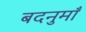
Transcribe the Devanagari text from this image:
बदनुमाँ